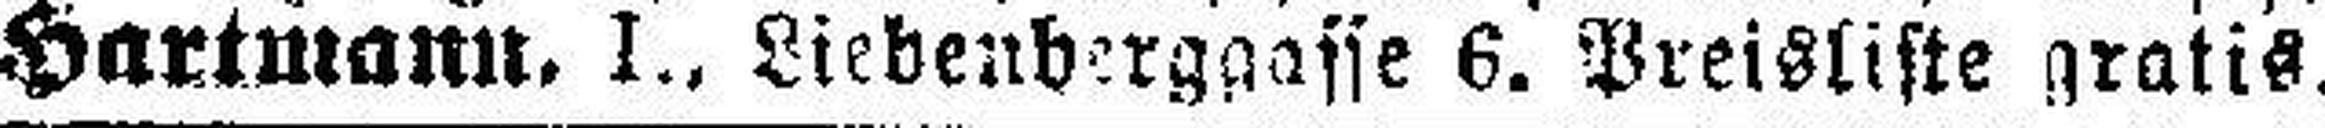
Hartmann. I., Liebenberggasse 6. Preisliste gratis.